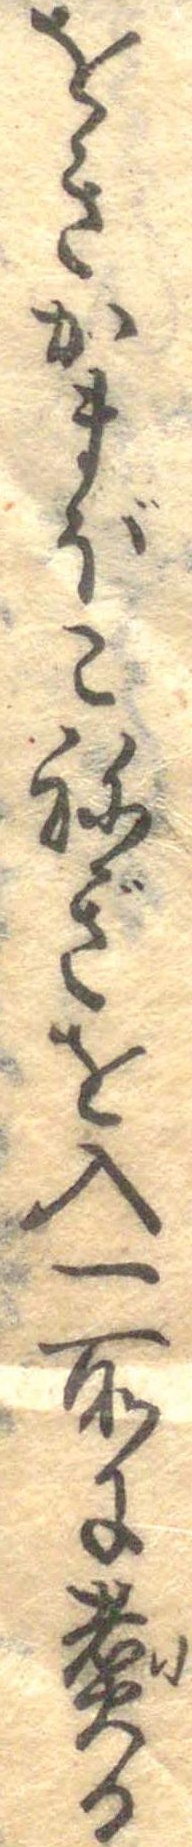
をきかまぼこねぎを入一所に煮る